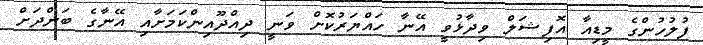
ފުލުހުންގެ މީޑިއާ އޮފިޝަލް ވިދާޅުވީ އޭނާ ހައްޔަރުކޮށް ވަނީ ދިއްދޫއިންކަމަށާއި އޭނާގެ ބަންދަށް